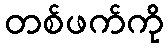
တစ်ဖက်ကို